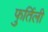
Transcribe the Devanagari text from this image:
फुर्तिली